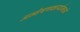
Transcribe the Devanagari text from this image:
अन्वेषणकार्यामध्ये